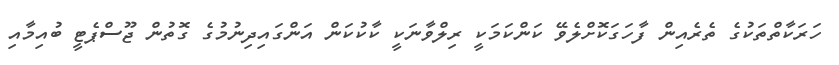
ހަރަކާތްތަކުގެ ތެރެއިން ފާހަގަކޮށްލެވޭ ކަންކަމަކީ ރިލްވާނަކީ ކާކުކަން އަންގައިދިނުމުގެ ގޮތުން ޖޫސްޕެޓީ ބުއިމާއި